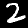
Digit: 2